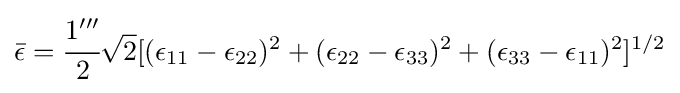
{\bar {\epsilon }}={\cfrac {1'''}{2}}{\sqrt {2}}[({\epsilon }_{11}-{\epsilon }_{22})^{2}+({\epsilon }_{22}-{\epsilon }_{33})^{2}+({\epsilon }_{33}-{\epsilon }_{11})^{2}]^{1/2}